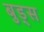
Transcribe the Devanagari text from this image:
बुड्‌स